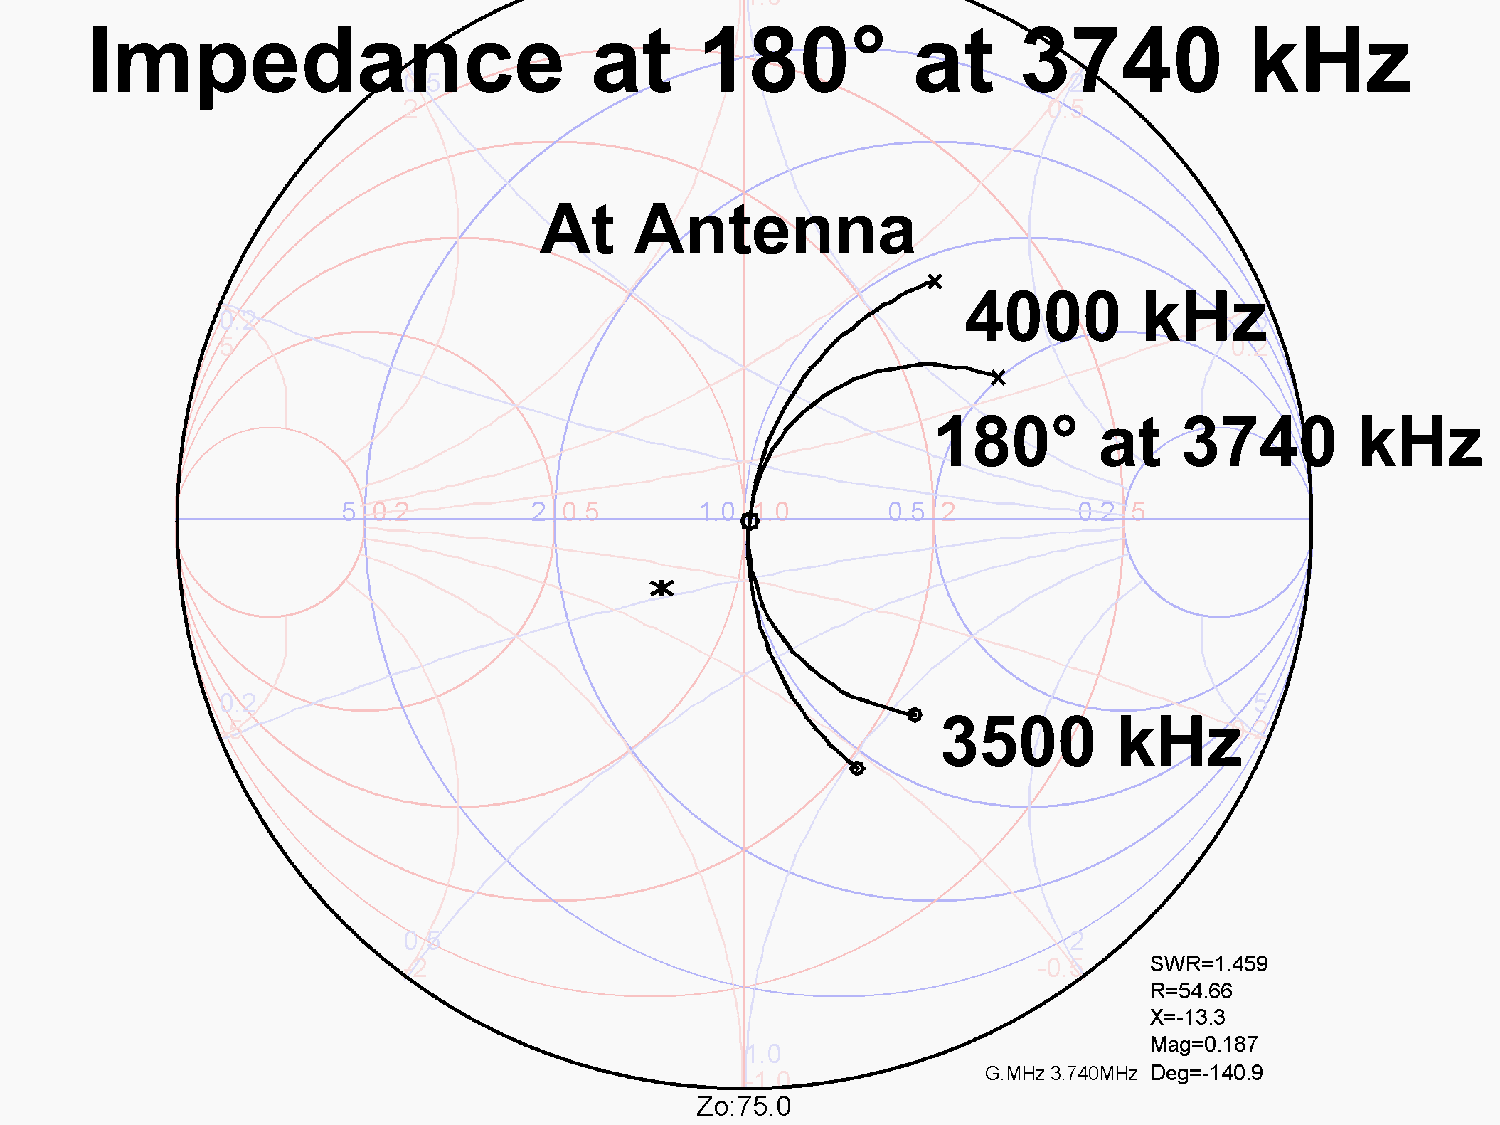
Impedance                        at     180°          at      3740           kHz
 At    Antenna
 4000        kHz
 180°       at   3740        kHz
 3500        kHz